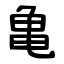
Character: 亀